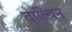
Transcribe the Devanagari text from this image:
वाल्विन